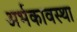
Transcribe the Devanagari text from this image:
अर्भकावस्था